Leaving Certificate, 1888
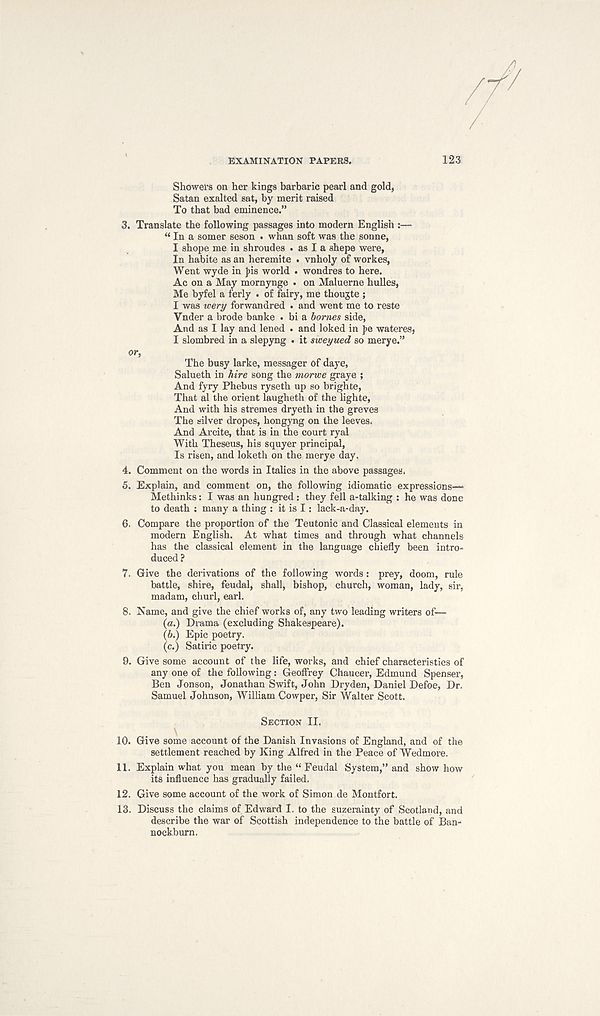
EXAMINATION PAPERS.
123
Showers on her kings barbaric pearl and gold,
Satan exalted sat, by merit raised
To that bad eminence.”
3. Translate the following passages into modern English :—•
“ In a somer seson . whan soft was the sonne,
I shope me in shroudes . as I a shepe were,
In habite as an heremite . vnholy of workes,
Went wyde in Jus world . wondres to here.
Ac on a May mornynge . on Maluerne hulles,
Me byfel a f'erly . of fairy, me thoujte ;
I was wery forwandred . and went me to reste
Vnder a brode banke . bi a homes side,
And as I lay and lened . and loked in pe wateres,
I slombred in a slepyng . it sweyued so merye.”
or,
The busy larke, messager of daye,
Salueth in Aire song the morwe graye ;
And fyry Phebus ryseth up so brighte,
That al the orient laugheth of the lighte,
And with his stremes dryeth in the greves
The silver dropes, hongyng on the leeves.
And Arcite, that is in the court ryal
With Theseus, his squyer principal,
Is risen, and loketh on the merye day.
4. Comment on the words in Italics in the above passages.
5. Explain, and comment on, the following idiomatic expressions—
Methinks: I was an hungred : they fell a-talking : he was done
to death ; many a thing : it is I: lack-a-day.
6. Compare the proportion of the Teutonic and Classical elements in
modern English. At what times and through what channels
has the classical element in the language chiefly been intro-
duced ?
7. Give the derivations of the following words: prey, doom, rule
battle, shire, feudal, shall, bishop, church, woman, lady, sir,
madam, churl, earl.
8. Name, and give the chief works of, any two leading writers of—
(a.) Drama (excluding Shakespeare).
(b.) Epic poetry.
(c.) Satiric poetry.
9. Give some account of the life, works, and chief characteristics of
any one of the following: Geoffrey Chaucer, Edmund Spenser,
Ben Jonson, Jonathan Swift, John Dry den, Daniel Defoe, Dr.
Samuel Johnson, William Cowper, Sir Walter Scott.
SECTION II.
10. Give some account of the Danish Invasions of England, and of the
settlement reached by King Alfred in the Peace of Wedmore.
11. Explain what you mean by the “Feudal System,” and show how
its influence has gradually failed.
12. Give some account of the work of Simon de Montfort.
13. Discuss the claims of Edward I. to the suzerainty of Scotland, and
describe the war of Scottish independence to the battle of Ban-
nockburn.